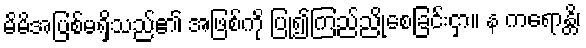
မိမိအပြစ်မရှိသည်၏ အဖြစ်ကို ပြု၍ကြည်ညိုစေခြင်းငှာ။ န ကရောန္တိ၊